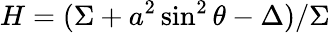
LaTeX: H=(\Sigma+a^{2}\sin^{2}\theta-\Delta)/\Sigma